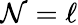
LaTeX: \mathcal{N}=\ell